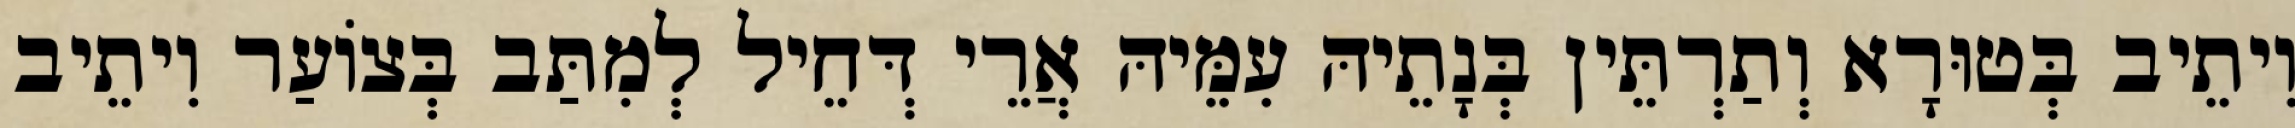
וִיתֵיב בְּטוּרָא וְתַרְתֵּין בְּנָתֵיהּ עִמֵּיהּ אֲרֵי דְּחֵיל לְמִתַּב בְּצוֹעַר וִיתֵיב